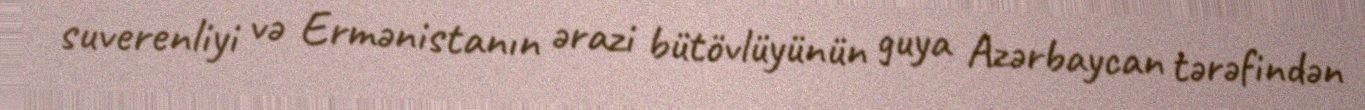
suverenliyi və Ermənistanın ərazi bütövlüyünün guya Azərbaycan tərəfindən